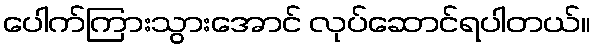
ပေါက်ကြားသွားအောင် လုပ်ဆောင်ရပါတယ်။